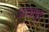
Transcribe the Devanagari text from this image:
आघापुर